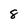
Character: 8